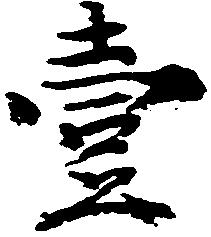
壱